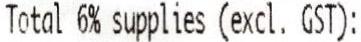
TOTAL 6% SUPPLIES (EXCL. GST):